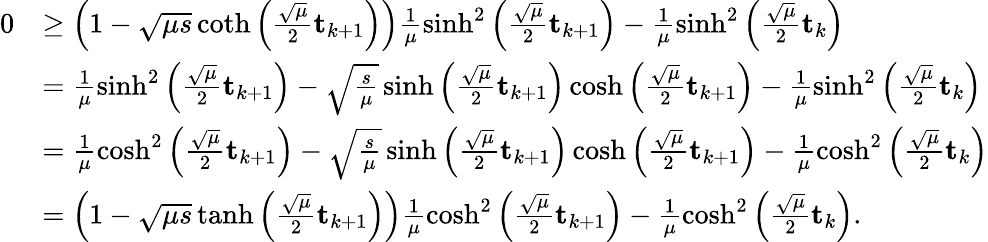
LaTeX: \begin{array}{rl}{0}&{\geq\left(1-\sqrt{\mu s}\coth\left(\frac{\sqrt{\mu}}{2}\mathbf{t}_{k+1}\right)\right)\frac{1}{\mu}\sinh^{2}\left(\frac{\sqrt{\mu}}{2}\mathbf{t}_{k+1}\right)-\frac{1}{\mu}\sinh^{2}\left(\frac{\sqrt{\mu}}{2}\mathbf{t}_{k}\right)}\\ &{=\frac{1}{\mu}\sinh^{2}\left(\frac{\sqrt{\mu}}{2}\mathbf{t}_{k+1}\right)-\sqrt{\frac{s}{\mu}}\sinh\left(\frac{\sqrt{\mu}}{2}\mathbf{t}_{k+1}\right)\cosh\left(\frac{\sqrt{\mu}}{2}\mathbf{t}_{k+1}\right)-\frac{1}{\mu}\sinh^{2}\left(\frac{\sqrt{\mu}}{2}\mathbf{t}_{k}\right)}\\ &{=\frac{1}{\mu}\cosh^{2}\left(\frac{\sqrt{\mu}}{2}\mathbf{t}_{k+1}\right)-\sqrt{\frac{s}{\mu}}\sinh\left(\frac{\sqrt{\mu}}{2}\mathbf{t}_{k+1}\right)\cosh\left(\frac{\sqrt{\mu}}{2}\mathbf{t}_{k+1}\right)-\frac{1}{\mu}\cosh^{2}\left(\frac{\sqrt{\mu}}{2}\mathbf{t}_{k}\right)}\\ &{=\left(1-\sqrt{\mu s}\operatorname{tanh}\left(\frac{\sqrt{\mu}}{2}\mathbf{t}_{k+1}\right)\right)\frac{1}{\mu}\cosh^{2}\left(\frac{\sqrt{\mu}}{2}\mathbf{t}_{k+1}\right)-\frac{1}{\mu}\cosh^{2}\left(\frac{\sqrt{\mu}}{2}\mathbf{t}_{k}\right).}\end{array}